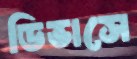
ডিভাসে